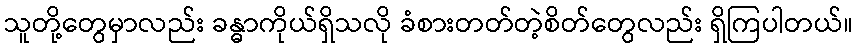
သူတို့တွေမှာလည်း ခန္ဓာကိုယ်ရှိသလို ခံစားတတ်တဲ့စိတ်တွေလည်း ရှိကြပါတယ်။